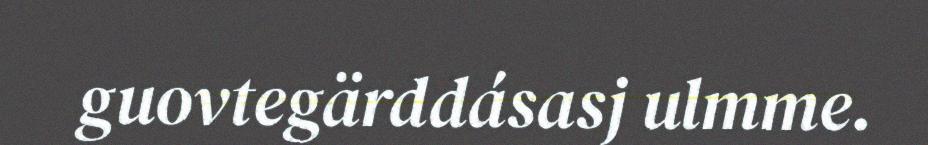
guovtegärddásasj ulmme.